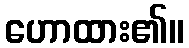
ဟောထား၏။